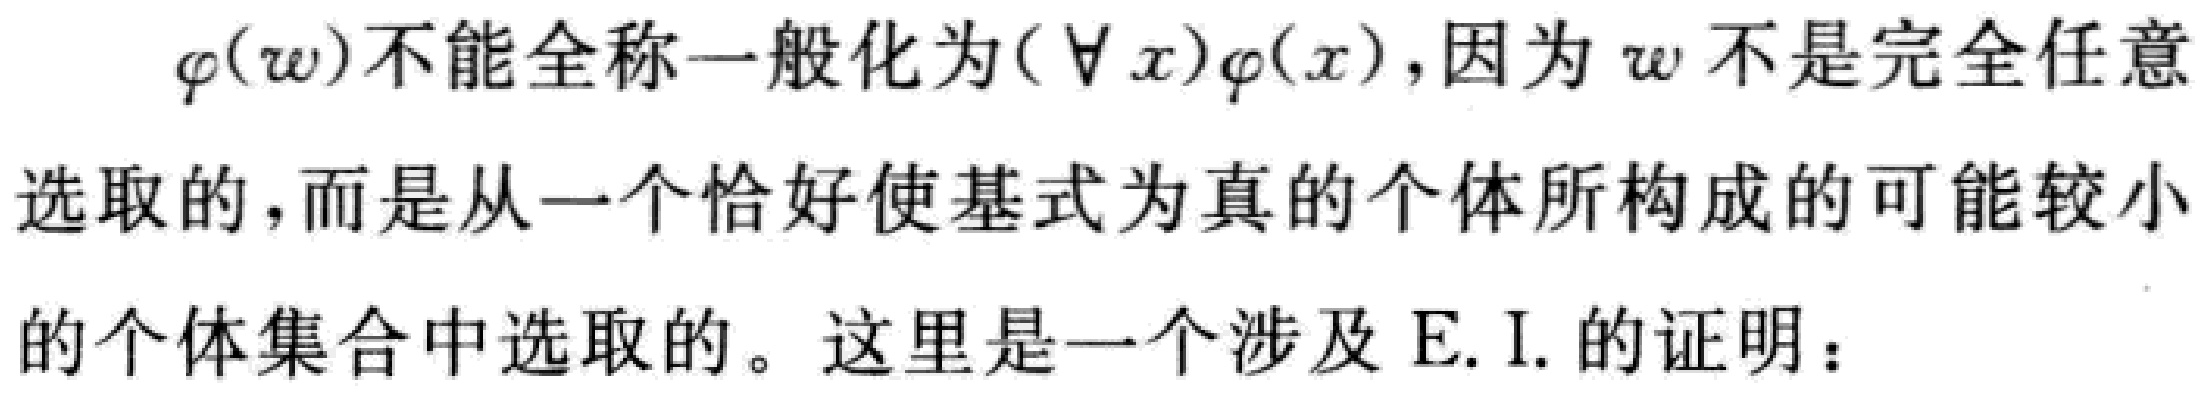
$\varphi(w)$不能全称一般化为$(\forall x)\varphi(x)$，因为$w$不是完全任意选取的，而是从一个恰好使基式为真的个体所构成的可能较小的个体集合中选取的。这里是一个涉及 E. I. 的证明：